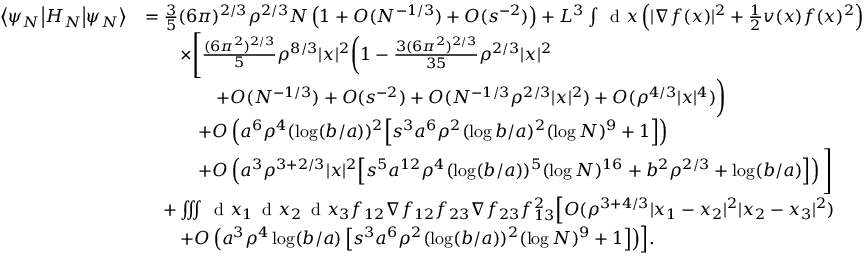
\begin{array} { r l } { \left\langle \psi _ { N } \middle \vert H _ { N } \middle \vert \psi _ { N } \right\rangle } & { = \frac { 3 } { 5 } ( 6 \pi ) ^ { 2 / 3 } \rho ^ { 2 / 3 } N \left( 1 + O ( N ^ { - 1 / 3 } ) + O ( s ^ { - 2 } ) \right) + L ^ { 3 } \int \, \textnormal { d } x \left( | \nabla f ( x ) | ^ { 2 } + \frac { 1 } { 2 } v ( x ) f ( x ) ^ { 2 } \right) } \\ & { \qquad \times \Bigg [ \frac { ( 6 \pi ^ { 2 } ) ^ { 2 / 3 } } { 5 } \rho ^ { 8 / 3 } | x | ^ { 2 } \biggl ( 1 - \frac { 3 ( 6 \pi ^ { 2 } ) ^ { 2 / 3 } } { 3 5 } \rho ^ { 2 / 3 } | x | ^ { 2 } } \\ & { \qquad \qquad + O ( N ^ { - 1 / 3 } ) + O ( s ^ { - 2 } ) + O ( N ^ { - 1 / 3 } \rho ^ { 2 / 3 } | x | ^ { 2 } ) + O ( \rho ^ { 4 / 3 } | x | ^ { 4 } ) \biggr ) } \\ & { \qquad \quad + O \left( a ^ { 6 } \rho ^ { 4 } ( \log ( b / a ) ) ^ { 2 } \Bigl [ s ^ { 3 } a ^ { 6 } \rho ^ { 2 } ( \log b / a ) ^ { 2 } ( \log N ) ^ { 9 } + 1 \Bigr ] \right) } \\ & { \qquad \quad + O \left( a ^ { 3 } \rho ^ { 3 + 2 / 3 } | x | ^ { 2 } \Bigl [ s ^ { 5 } a ^ { 1 2 } \rho ^ { 4 } ( \log ( b / a ) ) ^ { 5 } ( \log N ) ^ { 1 6 } + b ^ { 2 } \rho ^ { 2 / 3 } + \log ( b / a ) \Bigr ] \right) \Bigg ] } \\ & { \quad + \iiint \, \textnormal { d } x _ { 1 } \, \textnormal { d } x _ { 2 } \, \textnormal { d } x _ { 3 } f _ { 1 2 } \nabla f _ { 1 2 } f _ { 2 3 } \nabla f _ { 2 3 } f _ { 1 3 } ^ { 2 } \Bigl [ O ( \rho ^ { 3 + 4 / 3 } | x _ { 1 } - x _ { 2 } | ^ { 2 } | x _ { 2 } - x _ { 3 } | ^ { 2 } ) } \\ & { \qquad + O \left( a ^ { 3 } \rho ^ { 4 } \log ( b / a ) \left[ s ^ { 3 } a ^ { 6 } \rho ^ { 2 } ( \log ( b / a ) ) ^ { 2 } ( \log N ) ^ { 9 } + 1 \right] \right) \Bigr ] . } \end{array}